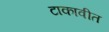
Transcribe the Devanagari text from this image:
टाकावीत